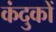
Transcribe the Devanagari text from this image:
कंदुकों